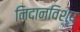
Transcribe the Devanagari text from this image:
निदानविशेष